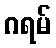
ဂရမ်